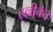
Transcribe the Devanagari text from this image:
हल्लीचेचे